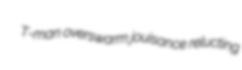
T-man overswarm jouisance relucting